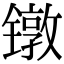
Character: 镦